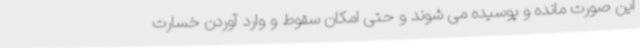
این صورت مانده و پوسیده می شوند و حتی امکان سقوط و وارد آوردن خسارت